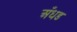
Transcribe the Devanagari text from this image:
अँधड